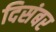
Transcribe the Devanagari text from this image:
दिसंबर